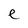
Character: e